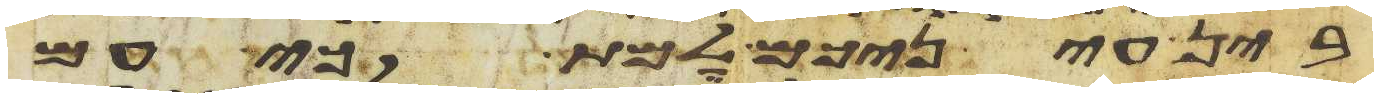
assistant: בין עיניכם למת כי עם